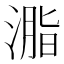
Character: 㴯